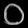
Digit: ၀